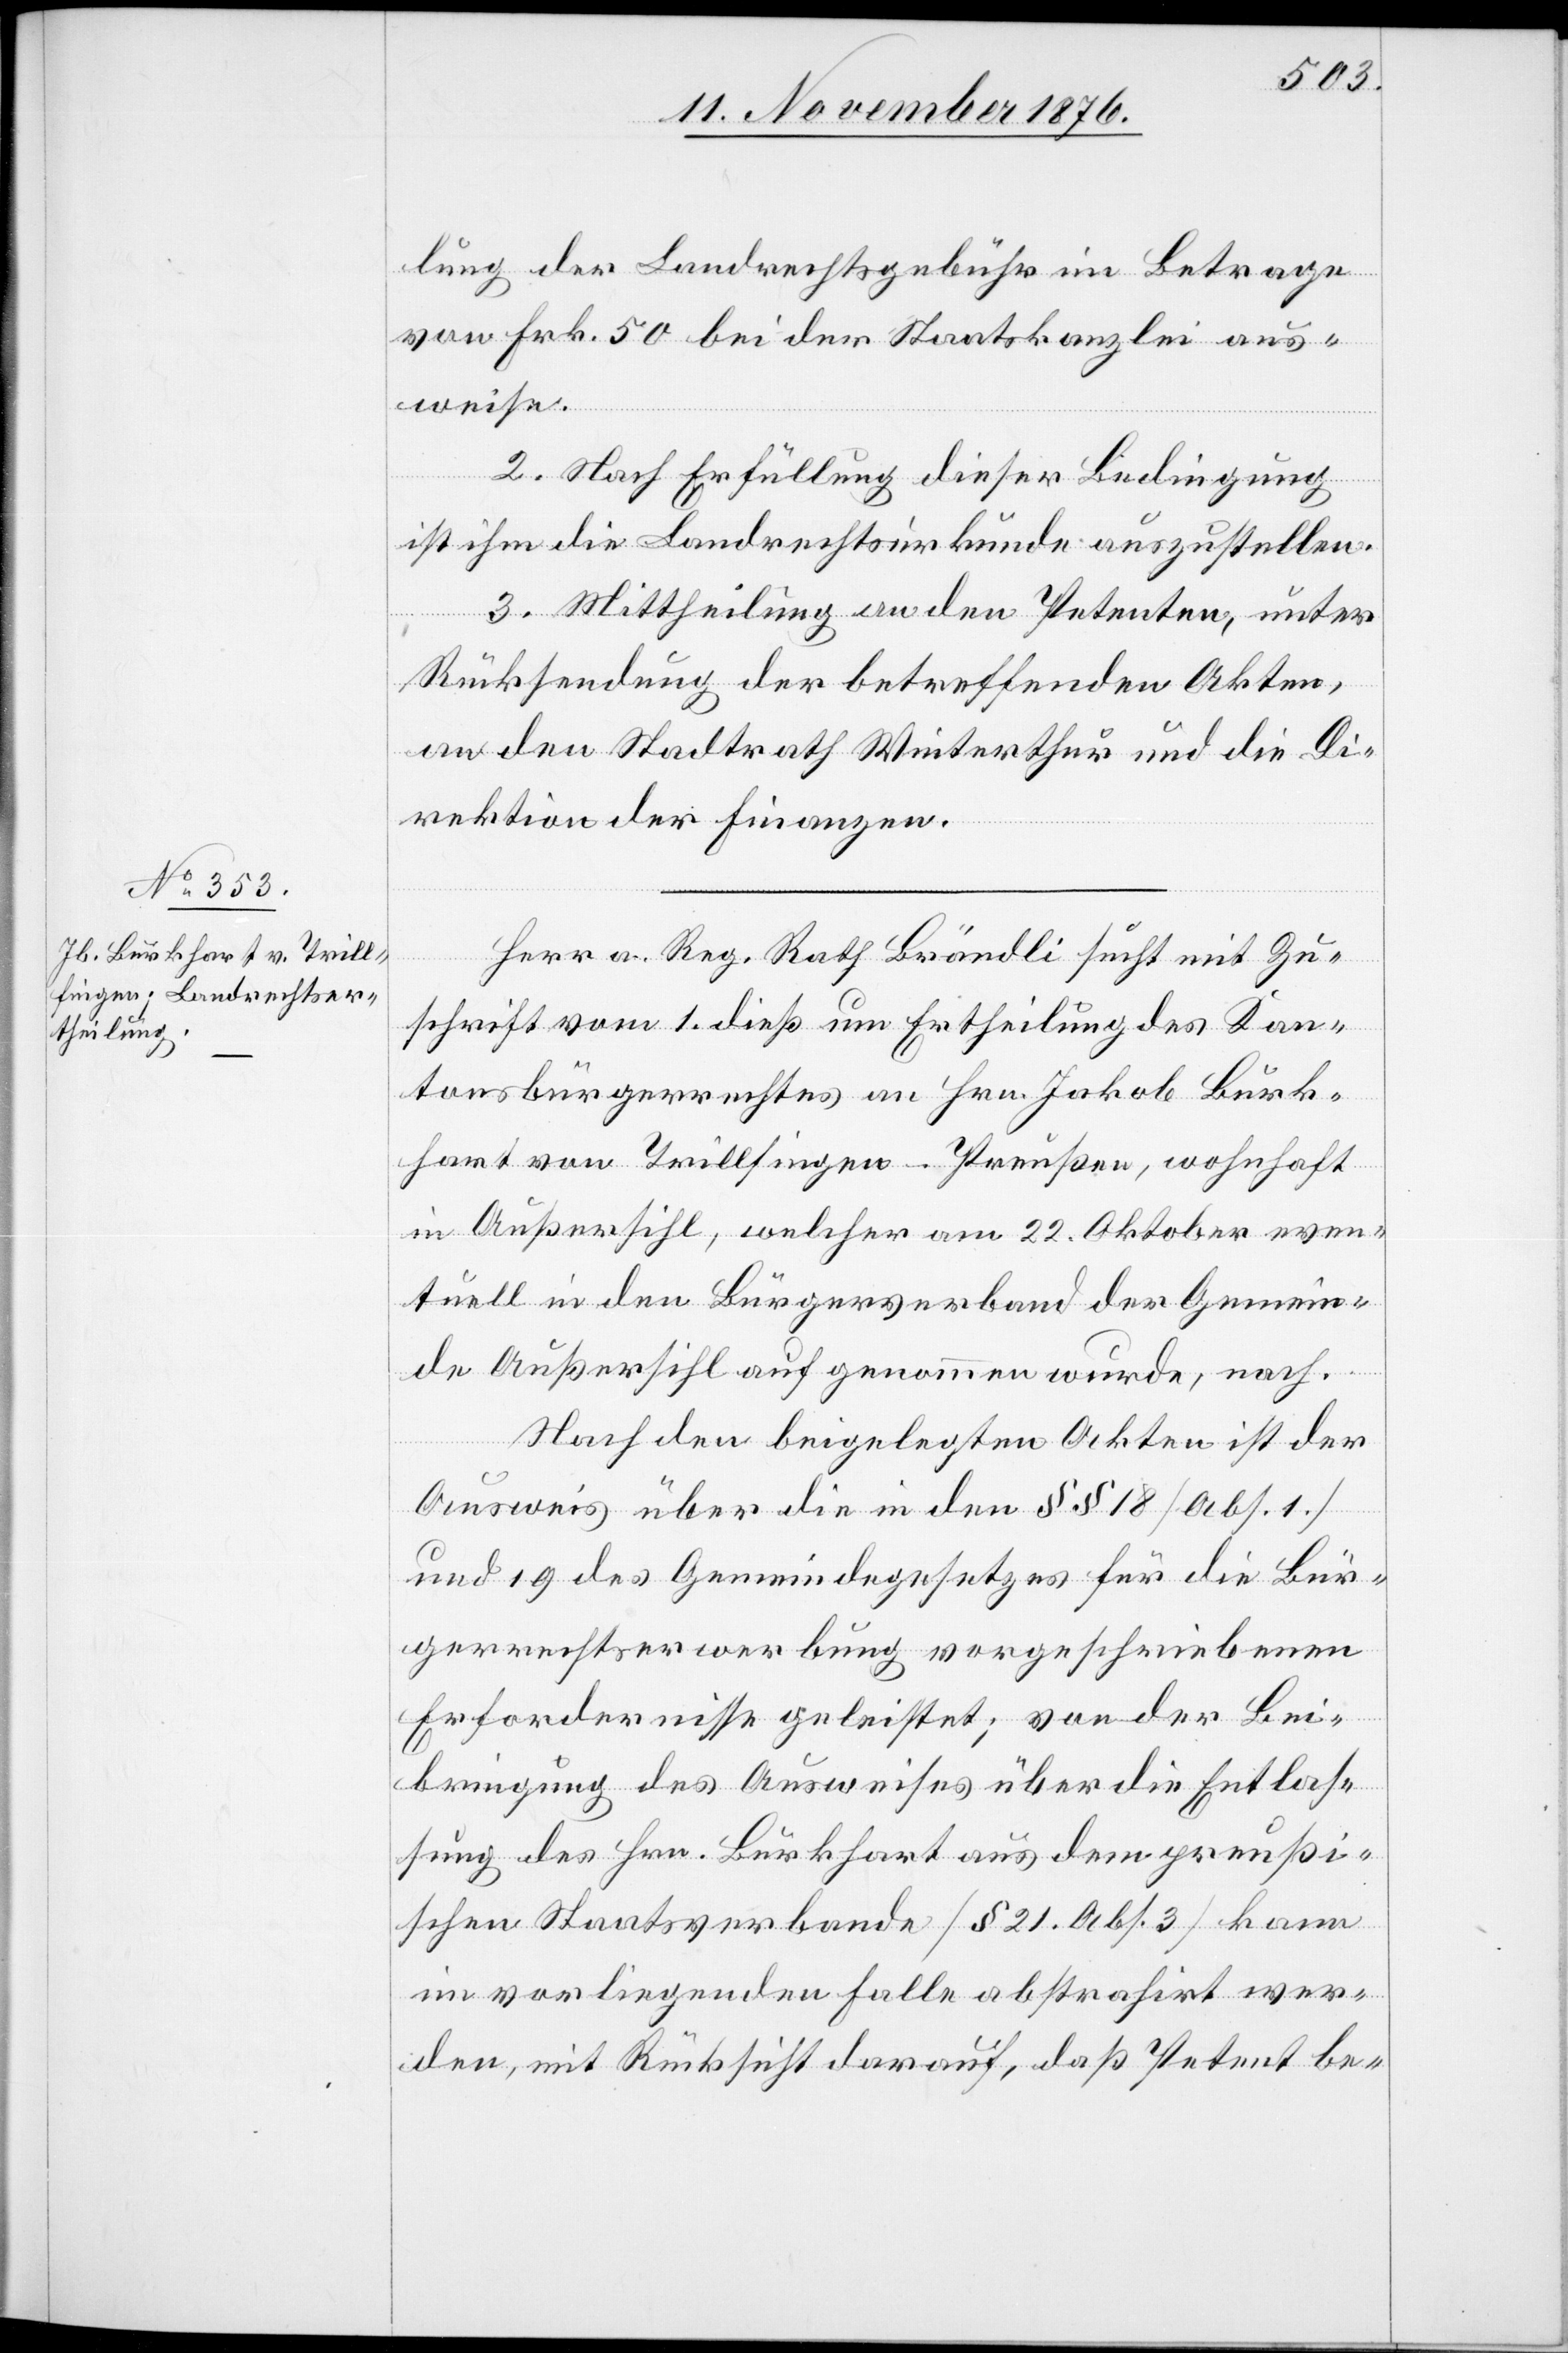
lung der Landrechtsgebühr im Betrage
von Frk. 50 bei der Staatskanzlei aus¬
weise.
2. Nach Erfüllung dieser Bedingung
ist ihm die Landrechtsurkunde auszustellen.
3. Mittheilung an den Petenten, unter
Rücksendung der betreffenden Akten,
an den Stadtrath Winterthur und die Di¬
rektion der Finanzen.